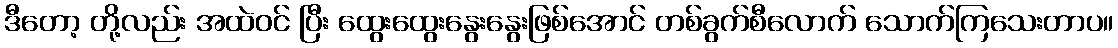
ဒီတော့ တို့လည်း အထဲဝင် ပြီး ထွေးထွေးနွေးနွေးဖြစ်အောင် တစ်ခွက်စီလောက် သောက်ကြသေးတာပ။